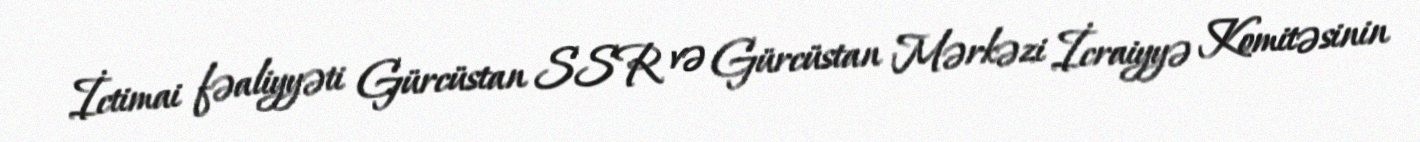
İctimai fəaliyyəti Gürcüstan SSR və Gürcüstan Mərkəzi İcraiyyə Komitəsinin